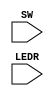
module bankers(SW, LEDR);
input [2:0] SW;
input [0:0] LEDR;

wire m, v, y;

assign m = SW[0];
assign v = SW[1];
assign y = SW[2];

assign LEDR[0] = (m & ~v & y) | (m & v & y) | (m & v & ~y);
endmodule